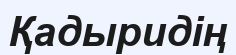
Қадыридің